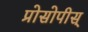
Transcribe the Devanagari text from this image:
प्रोसोपीस्